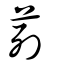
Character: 茢